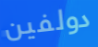
دولفين